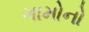
ગામોનો